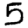
Digit: 5